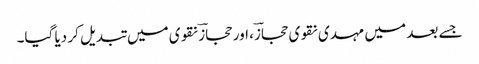
جسے بعد میں مہدی نقوی حجازؔ، اور حجازؔ نقوی میں تبدیل کر دیا گیا۔